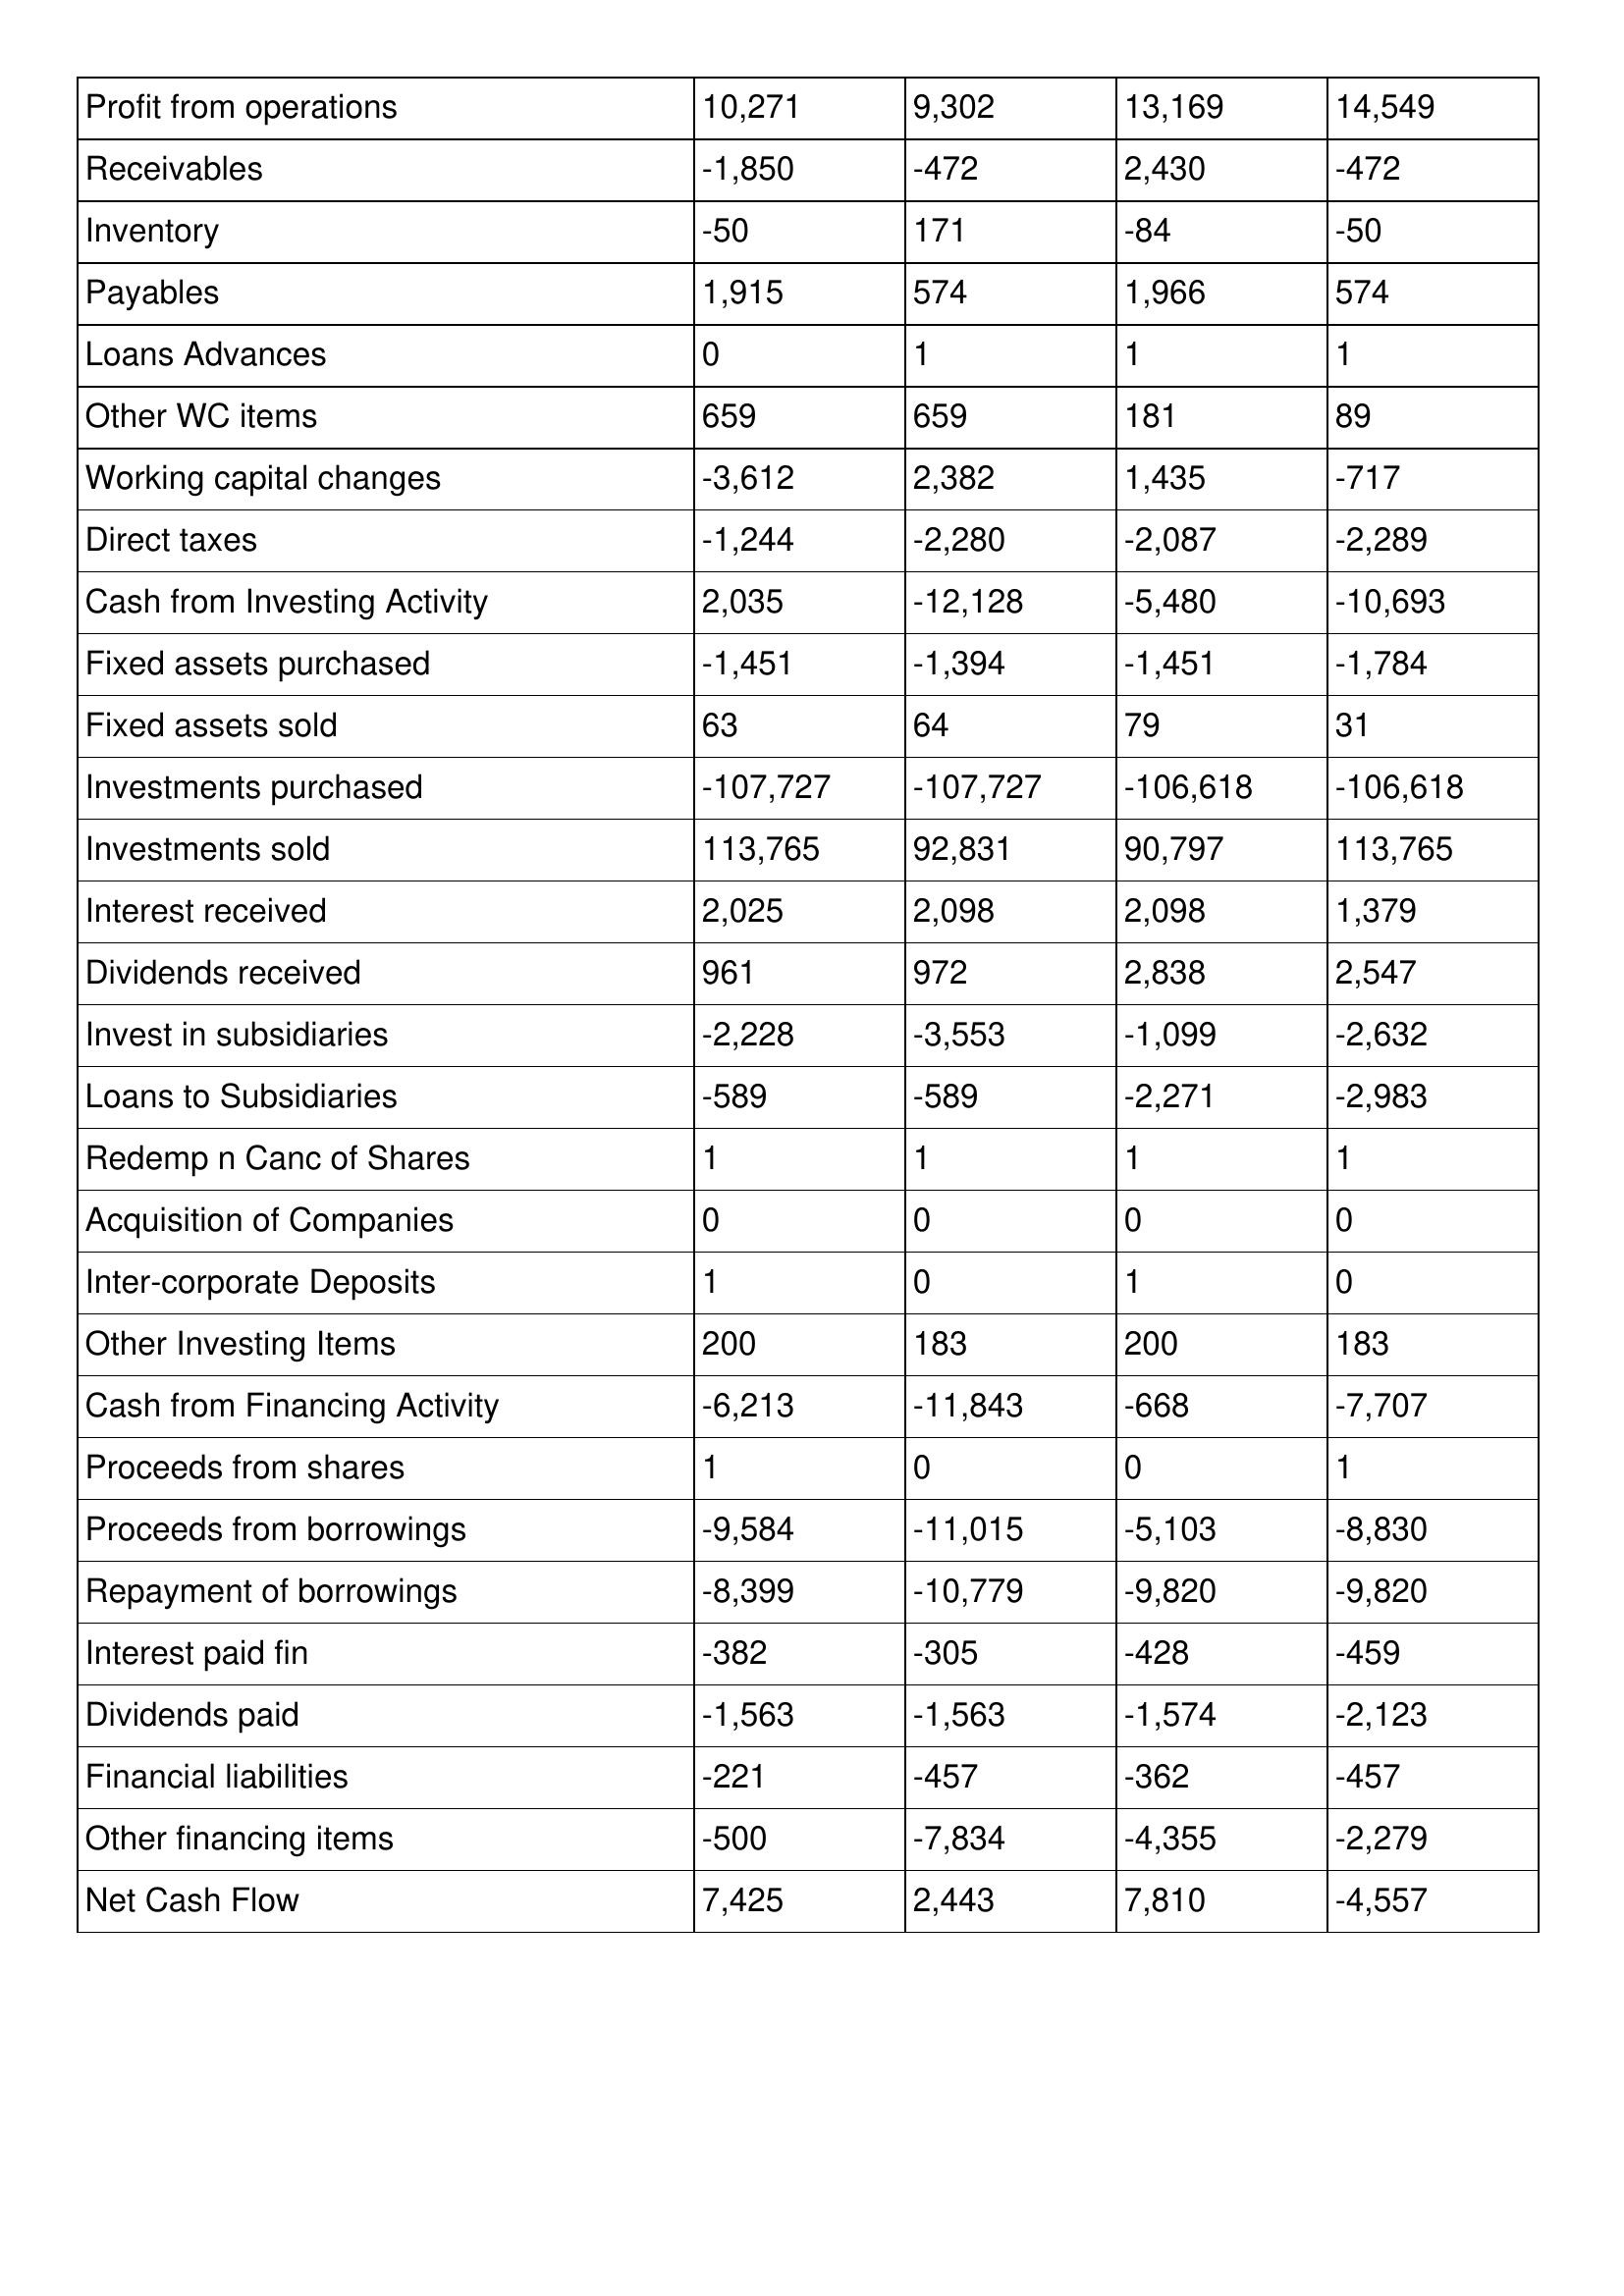
gt_parse: 1999: Cash Flows: Profit from operations: 10,271
Receivables: -1,850
Inventory: -50
Payables: 1,915
Loans Advances: 0
Other WC items: 659
Working capital changes: -3,612
Direct taxes: -1,244
Cash from Investing Activity: 2,035
Fixed assets purchased: -1,451
Fixed assets sold: 63
Investments purchased: -107,727
Investments sold: 113,765
Interest received: 2,025
Dividends received: 961
Invest in subsidiaries: -2,228
Loans to Subsidiaries: -589
Redemp n Canc of Shares: 1
Acquisition of Companies: 0
Inter-corporate Deposits: 1
Other Investing Items: 200
Cash from Financing Activity: -6,213
Proceeds from shares: 1
Proceeds from borrowings: -9,584
Repayment of borrowings: -8,399
Interest paid fin: -382
Dividends paid: -1,563
Financial liabilities: -221
Other financing items: -500
Net Cash Flow: 7,425
1998: Cash Flows: Profit from operations: 9,302
Receivables: -472
Inventory: 171
Payables: 574
Loans Advances: 1
Other WC items: 659
Working capital changes: 2,382
Direct taxes: -2,280
Cash from Investing Activity: -12,128
Fixed assets purchased: -1,394
Fixed assets sold: 64
Investments purchased: -107,727
Investments sold: 92,831
Interest received: 2,098
Dividends received: 972
Invest in subsidiaries: -3,553
Loans to Subsidiaries: -589
Redemp n Canc of Shares: 1
Acquisition of Companies: 0
Inter-corporate Deposits: 0
Other Investing Items: 183
Cash from Financing Activity: -11,843
Proceeds from shares: 0
Proceeds from borrowings: -11,015
Repayment of borrowings: -10,779
Interest paid fin: -305
Dividends paid: -1,563
Financial liabilities: -457
Other financing items: -7,834
Net Cash Flow: 2,443
1997: Cash Flows: Profit from operations: 13,169
Receivables: 2,430
Inventory: -84
Payables: 1,966
Loans Advances: 1
Other WC items: 181
Working capital changes: 1,435
Direct taxes: -2,087
Cash from Investing Activity: -5,480
Fixed assets purchased: -1,451
Fixed assets sold: 79
Investments purchased: -106,618
Investments sold: 90,797
Interest received: 2,098
Dividends received: 2,838
Invest in subsidiaries: -1,099
Loans to Subsidiaries: -2,271
Redemp n Canc of Shares: 1
Acquisition of Companies: 0
Inter-corporate Deposits: 1
Other Investing Items: 200
Cash from Financing Activity: -668
Proceeds from shares: 0
Proceeds from borrowings: -5,103
Repayment of borrowings: -9,820
Interest paid fin: -428
Dividends paid: -1,574
Financial liabilities: -362
Other financing items: -4,355
Net Cash Flow: 7,810
1996: Cash Flows: Profit from operations: 14,549
Receivables: -472
Inventory: -50
Payables: 574
Loans Advances: 1
Other WC items: 89
Working capital changes: -717
Direct taxes: -2,289
Cash from Investing Activity: -10,693
Fixed assets purchased: -1,784
Fixed assets sold: 31
Investments purchased: -106,618
Investments sold: 113,765
Interest received: 1,379
Dividends received: 2,547
Invest in subsidiaries: -2,632
Loans to Subsidiaries: -2,983
Redemp n Canc of Shares: 1
Acquisition of Companies: 0
Inter-corporate Deposits: 0
Other Investing Items: 183
Cash from Financing Activity: -7,707
Proceeds from shares: 1
Proceeds from borrowings: -8,830
Repayment of borrowings: -9,820
Interest paid fin: -459
Dividends paid: -2,123
Financial liabilities: -457
Other financing items: -2,279
Net Cash Flow: -4,557